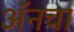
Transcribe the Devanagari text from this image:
अॅनचा